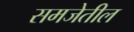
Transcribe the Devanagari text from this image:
समजेतील